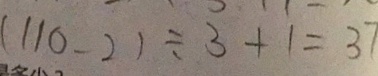
( 1 1 0 - 2 ) \div 3 + 1 = 3 7